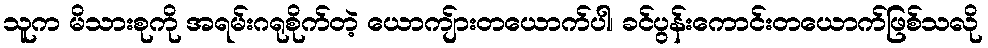
သူက မိသားစုကို အရမ်းဂရုစိုက်တဲ့ ယောကျ်ားတယောက်ပါ၊ ခင်ပွန်းကောင်းတယောက်ဖြစ်သလို